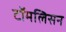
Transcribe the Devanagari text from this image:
टॉमलिसन